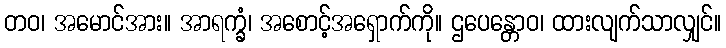
တဝ၊ အမောင်အား။ အာရက္ခံ၊ အစောင့်အရှောက်ကို။ ဌပေန္တောဝ၊ ထားလျက်သာလျှင်။